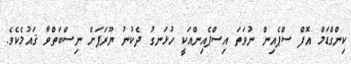
ކިންގްޑަމް އޮފް ސްޕެއިން ނުވަތަ އިސްޕެއިންއަކީ ހުޅަނގު ދެކުނު ޔޫރަޕަށް ނިސްބަތްވާ ޤައުމެކެވެ.